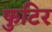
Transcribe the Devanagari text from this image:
फुटिर